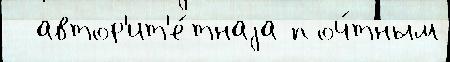
  автор'ит'е́тнаjа поч́тным